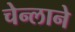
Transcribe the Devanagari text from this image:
चेन्लाने